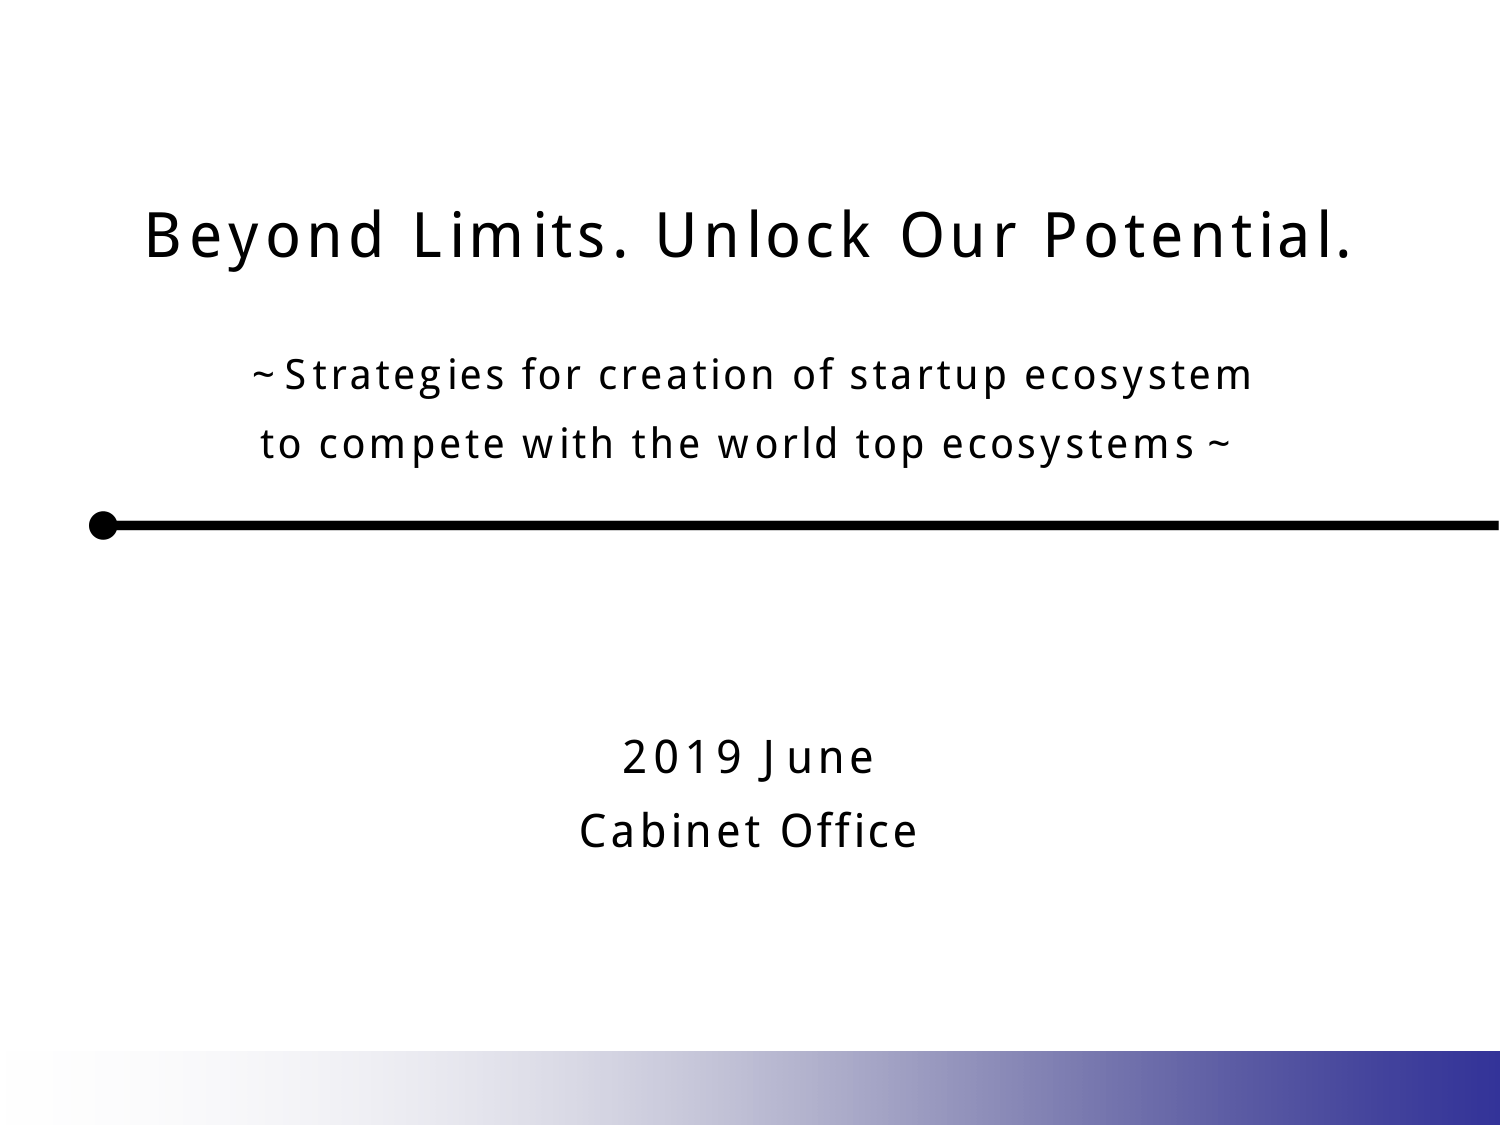
Beyond Limits. Unlock Our Potential.

~Strategies for creation of startup ecosystem
to compete with the world top ecosystems~

2019 June
Cabinet Office